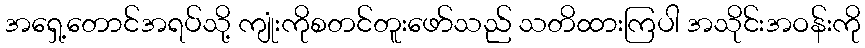
အရှေ့တောင်အရပ်သို့ ကျုံးကိုစတင်တူးဖော်သည် သတိထားကြပါ အသိုင်းအဝန်းကို